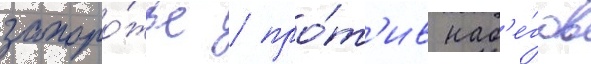
запоро́жье / про́т'ив наб'е́гов